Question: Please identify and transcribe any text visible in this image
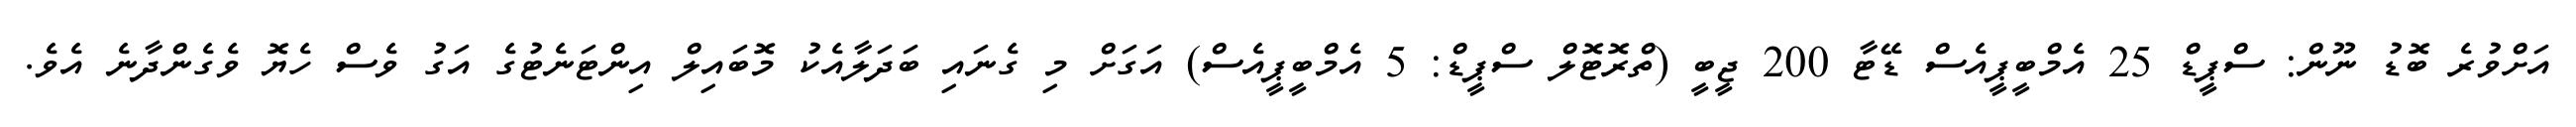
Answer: އަށްވުރެ ބޮޑު ނޫން: ސްޕީޑް 25 އެމްބީޕީއެސް ޑޭޓާ 200 ޖީބީ (ތްރޮޓޮލް ސްޕީޑް: 5 އެމްބީޕީއެސް) އަގަށް މި ގެނައި ބަދަލާއެކު މޮބައިލް އިންޓަނެޓުގެ އަގު ވެސް ހެޔޮ ވެގެންދާނެ އެވެ.